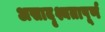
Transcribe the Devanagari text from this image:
असादृश्यतापूर्ण